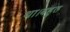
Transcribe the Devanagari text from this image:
था।बहुत